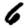
Digit: 6